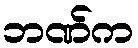
ဘဏ်က